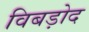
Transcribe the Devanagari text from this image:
विबड़ोद